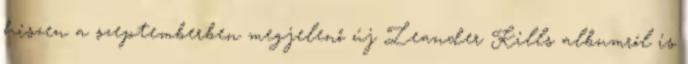
hiszen a szeptemberben megjelenő új Leander Kills albumról is